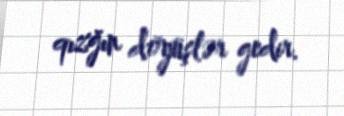
qızğın döyüşlər gedir.